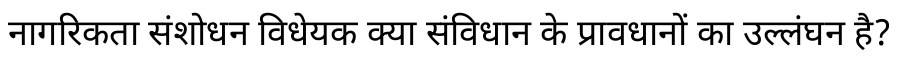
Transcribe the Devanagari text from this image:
नागरिकता संशोधन विधेयक क्या संविधान के प्रावधानों का उल्लंघन है?